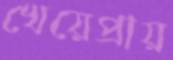
খেয়েপ্রায়